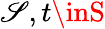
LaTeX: \mathscr{S},t\inS